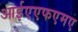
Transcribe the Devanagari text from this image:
आईएएफएमए